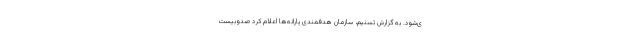
ی‌شود. به گزارش تسنیم، سازمان هدفمندی یارانه‌ها اعلام کرد صد‌وبیست